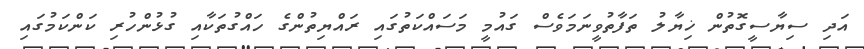
އަދި ސިޔާސީގޮތުން ޚިޔާލު ތަފާތުވީނަމަވެސް ގައުމީ މަސައްކަތުގައި ރައްޔިތުންގެ ހައްގުތަކާއި ގުޅުންހުރި ކަންކަމުގައި